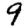
Digit: 9